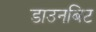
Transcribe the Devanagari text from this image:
डाउनबिट